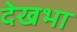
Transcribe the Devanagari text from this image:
देखभा